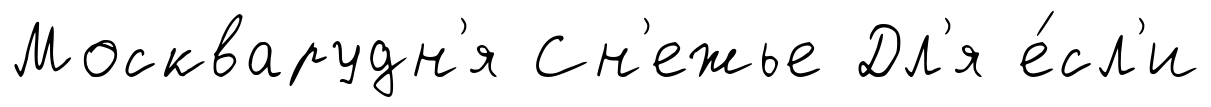
Москварудн'я Сн'ежье Дл'я е́сл'и